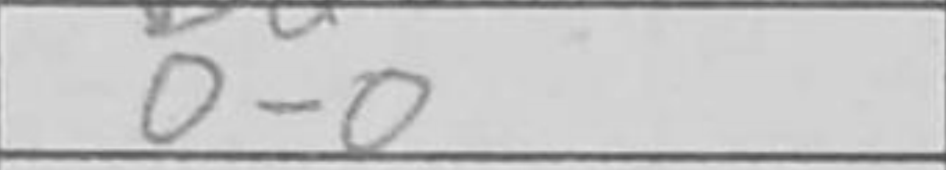
Transcription: O-O